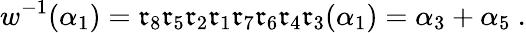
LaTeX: w^{-1}(\alpha_{1})=\mathfrak{r}_{8}\mathfrak{r}_{5}\mathfrak{r}_{2}\mathfrak{r}_{1}\mathfrak{r}_{7}\mathfrak{r}_{6}\mathfrak{r}_{4}\mathfrak{r}_{3}(\alpha_{1})=\alpha_{3}+\alpha_{5}~.